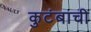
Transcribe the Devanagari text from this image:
कुटंबाची